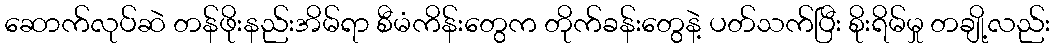
ဆောက်လုပ်ဆဲ တန်ဖိုးနည်းအိမ်ရာ စီမံကိန်းတွေက တိုက်ခန်းတွေနဲ့ ပတ်သက်ပြီး စိုးရိမ်မှု တချို့လည်း